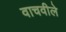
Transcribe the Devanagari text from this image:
वाचवीले